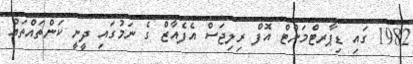
1982 ގައި ޑިޕާރޓްމަންޓް އޮފް ރިލިޖަސް އެފެއާޒް ގެ ނަމުގައި ދީނީ ކަންތައްތައް